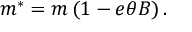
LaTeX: m ^ { * } = m \left( 1 - e \theta B \right) .